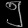
Digit: ၅